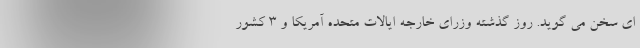
ای سخن می گوید. روز گذشته وزرای خارجه ایالات متحده آمریکا و 3 کشور